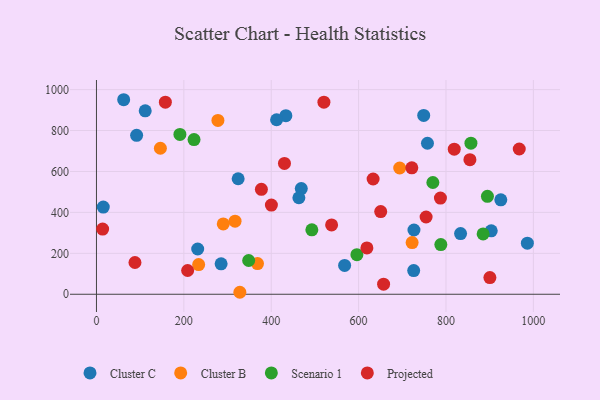
{"axis": {"x": "Engine Size", "y": "Fuel Efficiency"}, "legend": ["Cluster B", "Cluster C", "Projected", "Scenario 1"], "data": [{"x": "111.6", "y": 896.5, "type": "Cluster C"}, {"x": "925.5", "y": 461.5, "type": "Cluster C"}, {"x": "726.1", "y": 115.8, "type": "Cluster C"}, {"x": "91.9", "y": 776.5, "type": "Cluster C"}, {"x": "757.6", "y": 737.9, "type": "Cluster C"}, {"x": "903.6", "y": 309.9, "type": "Cluster C"}, {"x": "568.0", "y": 141.1, "type": "Cluster C"}, {"x": "468.8", "y": 516.3, "type": "Cluster C"}, {"x": "749.0", "y": 873.9, "type": "Cluster C"}, {"x": "833.4", "y": 296.5, "type": "Cluster C"}, {"x": "324.3", "y": 564.5, "type": "Cluster C"}, {"x": "433.5", "y": 872.8, "type": "Cluster C"}, {"x": "726.7", "y": 314.1, "type": "Cluster C"}, {"x": "463.3", "y": 471.7, "type": "Cluster C"}, {"x": "986.3", "y": 249.5, "type": "Cluster C"}, {"x": "285.3", "y": 148.5, "type": "Cluster C"}, {"x": "231.7", "y": 221.2, "type": "Cluster C"}, {"x": "62.3", "y": 950.6, "type": "Cluster C"}, {"x": "412.3", "y": 852.8, "type": "Cluster C"}, {"x": "15.6", "y": 426.2, "type": "Cluster C"}, {"x": "722.5", "y": 252.8, "type": "Cluster B"}, {"x": "368.6", "y": 149.7, "type": "Cluster B"}, {"x": "146.3", "y": 713.6, "type": "Cluster B"}, {"x": "694.1", "y": 616.9, "type": "Cluster B"}, {"x": "328.2", "y": 9.7, "type": "Cluster B"}, {"x": "317.2", "y": 357.1, "type": "Cluster B"}, {"x": "278.0", "y": 849.5, "type": "Cluster B"}, {"x": "233.9", "y": 145.3, "type": "Cluster B"}, {"x": "290.2", "y": 343.9, "type": "Cluster B"}, {"x": "770.0", "y": 546.2, "type": "Scenario 1"}, {"x": "191.0", "y": 781.2, "type": "Scenario 1"}, {"x": "885.0", "y": 294.9, "type": "Scenario 1"}, {"x": "223.3", "y": 756.1, "type": "Scenario 1"}, {"x": "596.1", "y": 193.4, "type": "Scenario 1"}, {"x": "493.0", "y": 315.1, "type": "Scenario 1"}, {"x": "348.4", "y": 164.9, "type": "Scenario 1"}, {"x": "894.9", "y": 478.8, "type": "Scenario 1"}, {"x": "857.1", "y": 738.3, "type": "Scenario 1"}, {"x": "788.2", "y": 243.0, "type": "Scenario 1"}, {"x": "787.3", "y": 470.1, "type": "Projected"}, {"x": "854.8", "y": 657.8, "type": "Projected"}, {"x": "88.1", "y": 155.2, "type": "Projected"}, {"x": "619.0", "y": 226.2, "type": "Projected"}, {"x": "754.5", "y": 377.5, "type": "Projected"}, {"x": "657.2", "y": 49.4, "type": "Projected"}, {"x": "157.7", "y": 938.6, "type": "Projected"}, {"x": "818.9", "y": 709.1, "type": "Projected"}, {"x": "520.6", "y": 938.5, "type": "Projected"}, {"x": "900.5", "y": 81.5, "type": "Projected"}, {"x": "430.3", "y": 639.1, "type": "Projected"}, {"x": "650.6", "y": 404.0, "type": "Projected"}, {"x": "538.2", "y": 339.0, "type": "Projected"}, {"x": "400.4", "y": 436.0, "type": "Projected"}, {"x": "14.1", "y": 318.3, "type": "Projected"}, {"x": "377.5", "y": 512.7, "type": "Projected"}, {"x": "633.2", "y": 563.3, "type": "Projected"}, {"x": "208.7", "y": 116.0, "type": "Projected"}, {"x": "721.8", "y": 618.0, "type": "Projected"}, {"x": "967.7", "y": 709.7, "type": "Projected"}]}